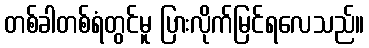
တစ်ခါတစ်ရံတွင်မူ ပြားလိုက်မြင်ရလေသည်။